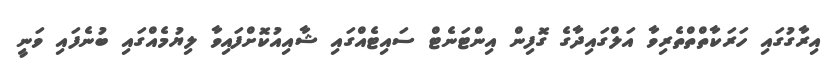
އިރާގުގައި ހަރަކާތްތްތެރިވާ އަލްގައިދާގެ ގޮފިން އިންޓަނެޓް ސައިޓެއްގައި ޝާއިއުކޮށްފައިވާ ލިޔުމެއްގައި ބުނެފައި ވަނީ